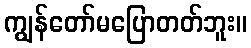
ကျွန်တော်မပြောတတ်ဘူး။